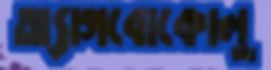
অ্যাগবোকোলু